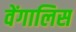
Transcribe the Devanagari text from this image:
वेंगालिस